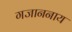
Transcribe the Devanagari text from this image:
गजाननाय